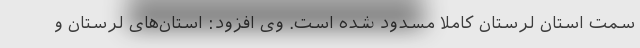
سمت استان لرستان کاملا مسدود شده است. وی افزود: استان‌های لرستان و